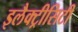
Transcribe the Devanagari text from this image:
इलैक्‍ट्रीसिटी